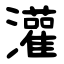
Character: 灌